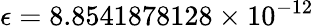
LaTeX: \epsilon=8.8541878128\times 10^{-12}